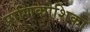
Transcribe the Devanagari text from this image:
प्राणिकोशिका